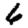
Digit: 6